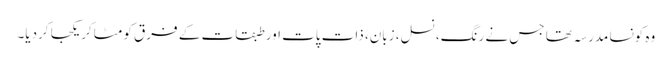
وہ کونسا مدرسہ تھا جس نے رنگ، نسل، زبان، ذات پات اور طبقات کے فرق کو مٹاکر یکجا کردیا۔